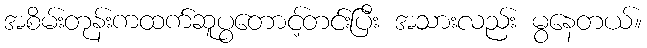
အစိမ်းတုန်းကထက်ဆူပွတောင့်တင်းပြီး အသားလည်း မွနေတယ်။